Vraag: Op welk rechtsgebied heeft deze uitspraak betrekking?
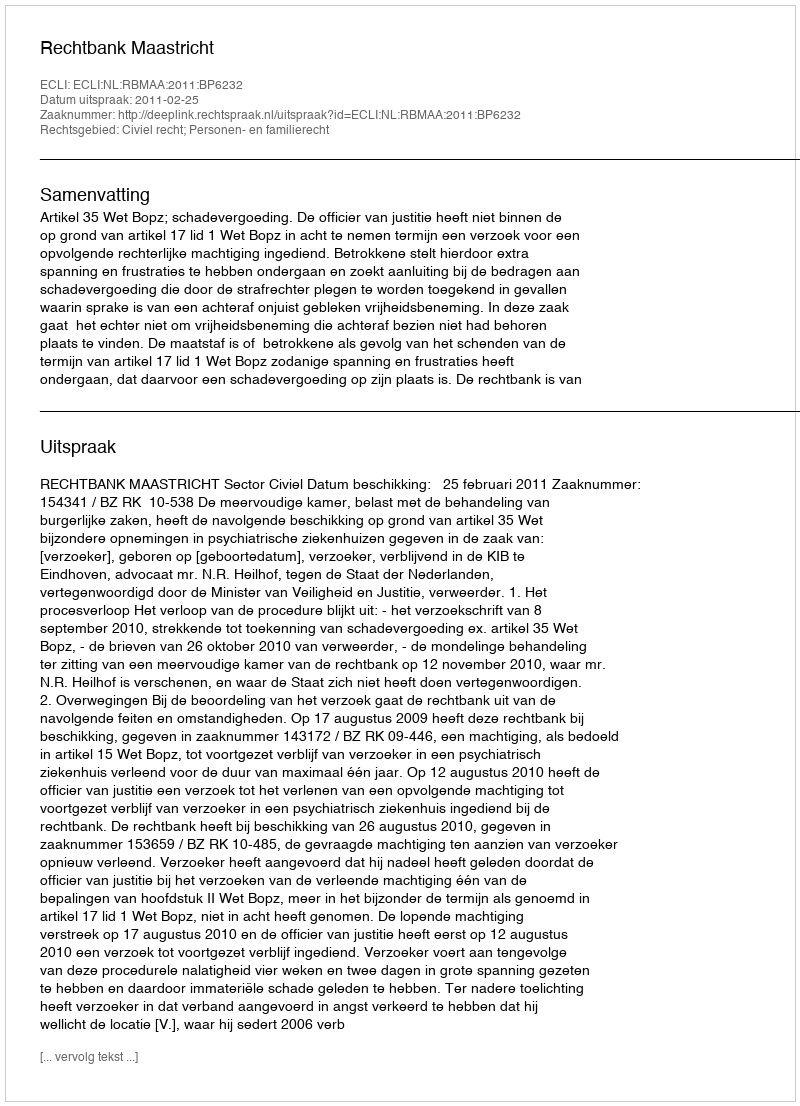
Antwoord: Civiel recht; Personen- en familierecht